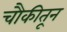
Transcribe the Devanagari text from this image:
चौकीतून